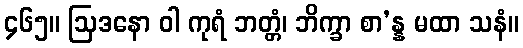
၄၆၅။ ဩဒနော ဝါ ကုရံ ဘတ္တံ၊ ဘိက္ခာ စာ’န္န မထာ သနံ။